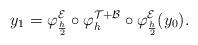
LaTeX: \begin{align*} y_1 = \varphi_{\frac{h}{2}}^{\mathcal{E}} \circ \varphi_h^{\mathcal{T} + \mathcal{B}} \circ \varphi_{\frac{h}{2}}^{\mathcal{E}} (y_0).\end{align*}